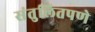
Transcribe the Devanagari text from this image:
संतुलितपणे